Epidemic dropsy in Calcutta - Number 45
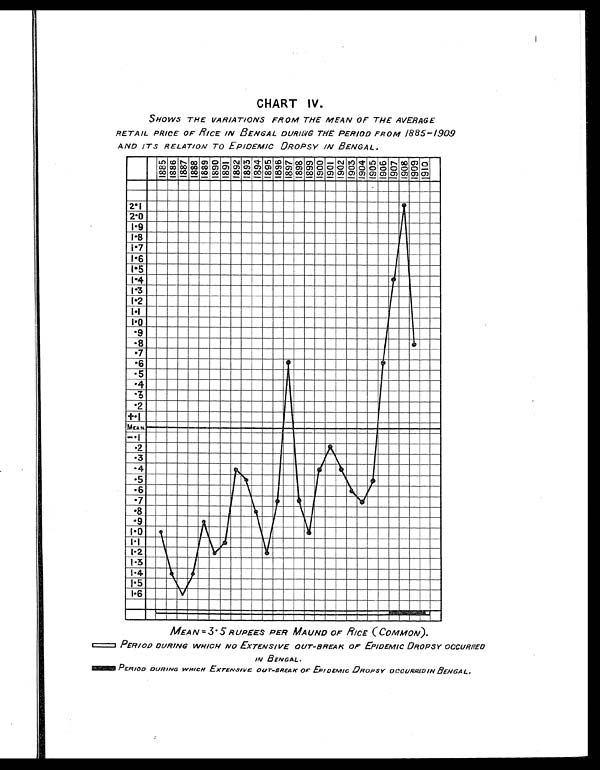
CHART IV.
SHOWS THE VARIATIONS FROM THE MEAN OF THE AVERAGE
RETAIL PRICE OF RICE IN BENGAL DURING THE PERIOD FROM 1885-1909
AND ITS RELATION TO EPIDEMIC DROPSY IN BENGAL.
MEAN =3-5 RUPEES PER MAUND OF RICE (COMMON).
PERIOD DURING WHICH NO EXTENSIVE OUT-BREAK OF EPIDEMIC DROPSY OCCURRED
IN BENGAL.
PERIOD DURING WHICH EXTENSIVE OUT-BREAK OF EPIDEMIC DROPSY OCCURREDIN BENGAL.